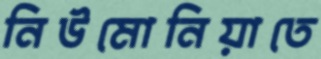
নিউমোনিয়াতে